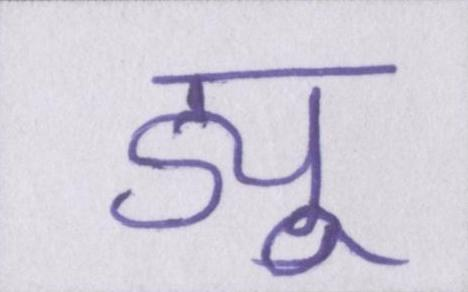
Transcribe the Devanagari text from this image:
ड्यू